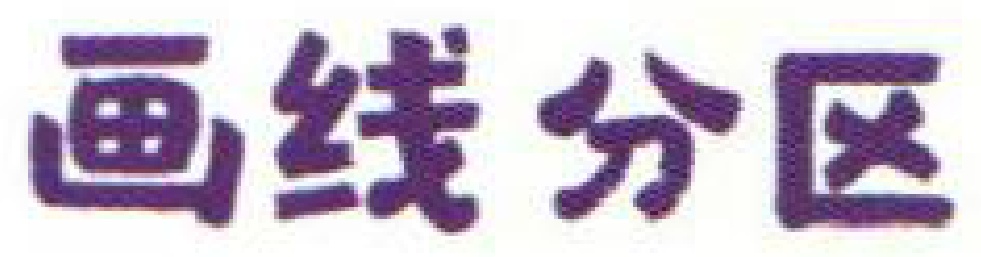
画线分区